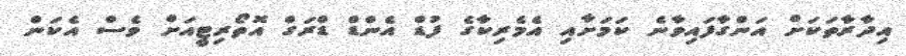
އިދާރާތަކަށް އަންގާފައިވާނެ ކަމަށާއި އެމެރިކާގެ ފުޑް އެންޑް ޑްރަގް އޮތޯރިޓީއަށް ވެސް އެކަން